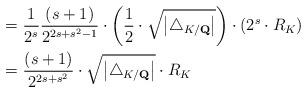
LaTeX: \begin{align*}& =\frac{1}{2^{s}}\frac{(s+1)}{2^{2s+s^{2}-1}}\cdot\left( \frac{1}{2}\cdot\sqrt{\left\vert \triangle_{K/\mathbf{Q}}\right\vert }\right)\cdot(2^{s}\cdot R_{K})\\& =\frac{(s+1)}{2^{2s+s^{2}}}\cdot\sqrt{\left\vert \triangle_{K/\mathbf{Q}}\right\vert }\cdot R_{K}\end{align*}